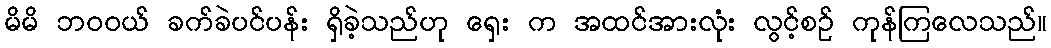
မိမိ ဘဝဝယ် ခက်ခဲပင်ပန်း ရှိခဲ့သည်ဟု ရှေး က အထင်အားလုံး လွင့်စဉ် ကုန်ကြလေသည်။